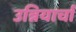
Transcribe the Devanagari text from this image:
उन्नियार्चा